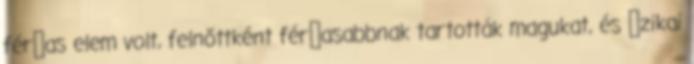
férﬁas elem volt, felnőttként férﬁasabbnak tartották magukat, és ﬁzikai